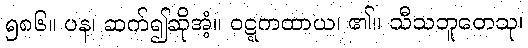
၅၈၆။ ပန၊ ဆက်၍ဆိုအံ့။ ဝဋ္ဋကထာယ၊ ၏။ သီသဘူတေသု၊